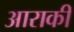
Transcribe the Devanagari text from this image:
आराकी